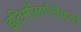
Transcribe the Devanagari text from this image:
इटिमाँलाजिकल